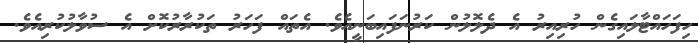
ހިފަހައްޓާލައިގެން ހުރިއިރު އެ ދެލޮލުން ކަރުނަފައިބަނީއެވެ. އެތައް ފަހަރު ތަކުރާރުކޮށް އެ ސުވާލުކުރިއެވެ.